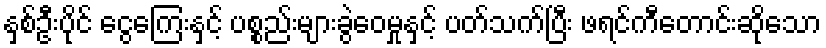
နှစ်ဦးပိုင် ငွေကြေးနှင့် ပစ္စည်းများခွဲဝေမှုနှင့် ပတ်သက်ပြီး ဖရင်ကီတောင်းဆိုသော